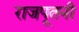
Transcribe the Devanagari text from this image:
राजपूतनी